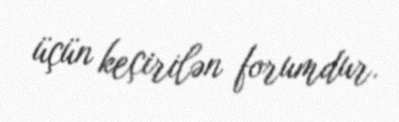
üçün keçirilən forumdur.